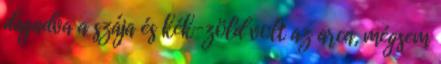
dagadva a szája és kék-zöld volt az arca, mégsem